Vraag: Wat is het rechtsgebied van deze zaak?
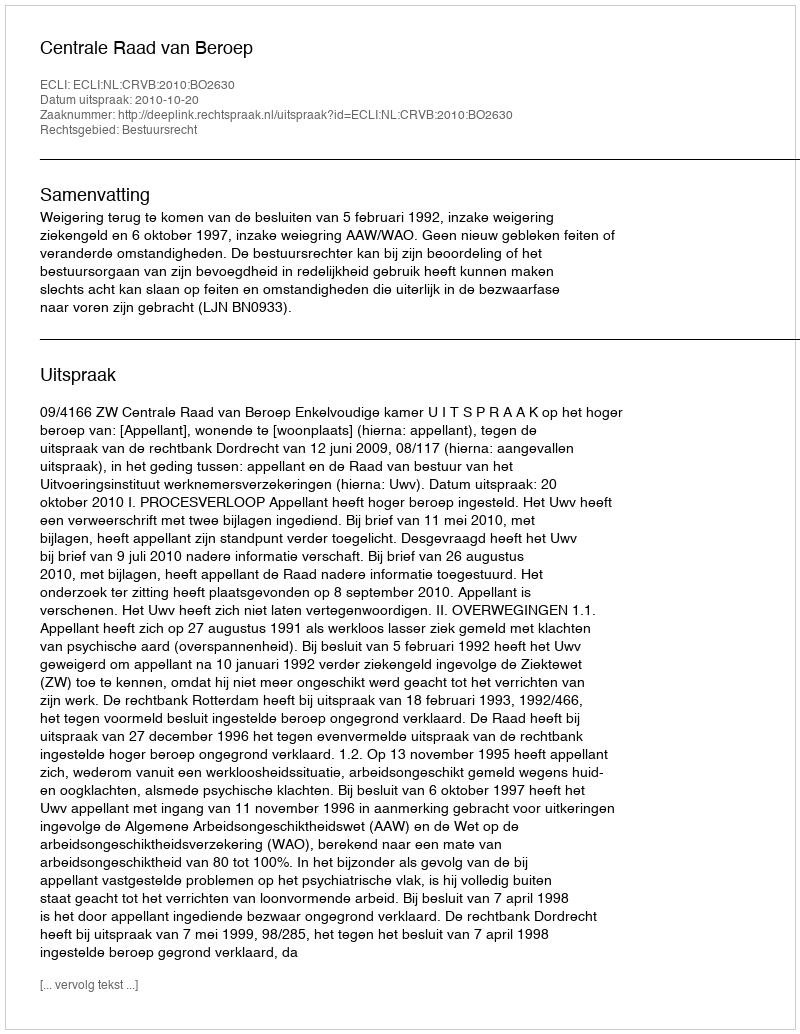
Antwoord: Bestuursrecht